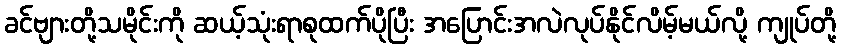
ခင်ဗျားတို့သမိုင်းကို ဆယ့်သုံးရာစုထက်ပိုပြီး အပြောင်းအလဲလုပ်နိုင်လိမ့်မယ်လို့ ကျုပ်တို့